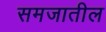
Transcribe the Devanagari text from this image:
समजातील